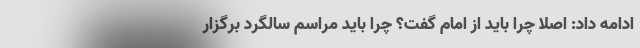
ادامه داد: اصلا چرا باید از امام گفت؟ چرا باید مراسم سالگرد برگزار